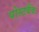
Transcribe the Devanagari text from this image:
पोस्टवैंक